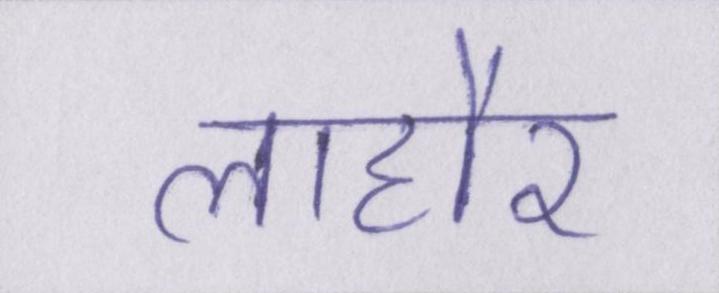
लाहौर